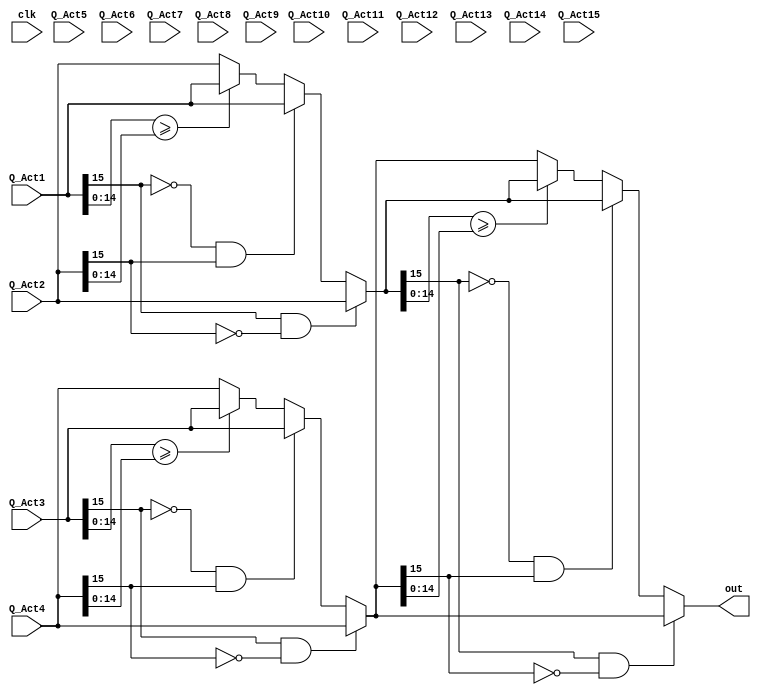
//Model 1 register di akhir

module MaxBlock (
	input [15:0] Q_Act1, 
        input [15:0] Q_Act2,
	input [15:0] Q_Act3, 
        input [15:0] Q_Act4, 
	input [15:0] Q_Act5, 
        input [15:0] Q_Act6, 
	input [15:0] Q_Act7, 
        input [15:0] Q_Act8,
	input [15:0] Q_Act9,
	input [15:0] Q_Act10, 
	input [15:0] Q_Act11,
  	input [15:0] Q_Act12, 
	input [15:0] Q_Act13,
	input [15:0] Q_Act14, 
	input [15:0] Q_Act15,
	input clk,
        output reg [15:0] out);

  wire [15:0] a;
  wire [15:0] b;
  wire [15:0] c;
  wire [15:0] d;
  wire [15:0] e;
  wire [15:0] f;
  wire [15:0] g;

  wire [15:0] h;
  wire [15:0] i;
  wire [15:0] j;
  wire [15:0] k;

  wire [15:0] l;
  wire [15:0] m;

  reg [15:0] max_value;
  reg [15:0] max_1;
  reg [15:0] max_2;
 /* 
  assign a = (Q_Act1>=Q_Act2)? Q_Act1 : Q_Act2;
  assign b = (Q_Act3>=Q_Act4)? Q_Act3 : Q_Act4;
  assign c = (Q_Act5>=Q_Act6)? Q_Act5 : Q_Act6;
  assign d = (Q_Act7>=Q_Act8)? Q_Act7 : Q_Act8;
  assign e = (Q_Act9>=Q_Act10)? Q_Act9 : Q_Act10;
  assign f = (Q_Act11>=Q_Act12)? Q_Act11 : Q_Act12;
  assign g = (Q_Act13>=Q_Act14)? Q_Act13 : Q_Act14;

  assign h = (a>=b)? a : b;
  assign i = (c>=d)? c : d;
  assign j = (e>=f)? e : f;
  assign k = (g>=Q_Act15)? g : Q_Act15;

  assign l = (h>=i)? h : i;
  assign m = (j>=k)? j : k;	

  assign RegOut = (l>=m)? l : m;
*/
  always@(*) begin
  if((Q_Act1[15] == 1'b1)&&(Q_Act2[15] == 1'b0)) begin
	max_1=Q_Act2[15:0];
  end
  else if((Q_Act1[15] == 1'b0)&&(Q_Act2[15] == 1'b1)) begin
	max_1=Q_Act1[15:0];
  end
  else begin 
	max_1 = (Q_Act1[14:0] >= Q_Act2[14:0]) ? Q_Act1[15:0] : Q_Act2[15:0];
  end
  
  if((Q_Act3[15] == 1'b1)&&(Q_Act4[15] == 1'b0)) begin
	max_2=Q_Act4[15:0];
  end
  else if((Q_Act3[15] == 1'b0)&&(Q_Act4[15] == 1'b1)) begin
	max_2=Q_Act3[15:0];
  end
  else begin 
	max_2 = (Q_Act3[14:0] >= Q_Act4[14:0]) ? Q_Act3[15:0] : Q_Act4[15:0];
  end

  if((max_1[15] == 1'b1)&&(max_2[15] == 1'b0)) begin
	max_value=max_2[15:0];
  end
  else if((max_1[15] == 1'b0)&&(max_2[15] == 1'b1)) begin
	max_value=max_1[15:0];
  end
  else begin 
	max_value = (max_1[14:0] >= max_2[14:0]) ? max_1[15:0] : max_2[15:0];
  end

  	out=max_value;
  end

endmodule